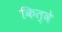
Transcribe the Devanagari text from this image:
कित्वे